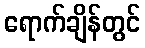
ရောက်ချိန်တွင်